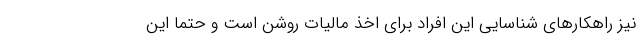
نیز راهکارهای شناسایی این افراد برای اخذ مالیات روشن است و حتماً این